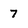
Character: 7